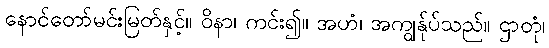
နောင်တော်မင်းမြတ်နှင့်။ ဝိနာ၊ ကင်း၍။ အဟံ၊ အကျွန်ုပ်သည်။ ဌာတုံ၊